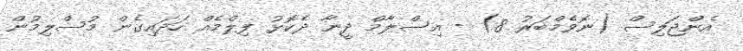
އެންޖަލިސް (ނޮވެމްބަރު 8) - އިސްލާމް ދީނާ ދެކޮޅު ފިލްމެއް ހަދައިގެން މުސްލިމުން